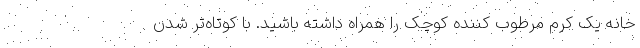
خانه یک کرم مرطوب کننده کوچک را همراه داشته باشید. با کوتاه‌تر شدن